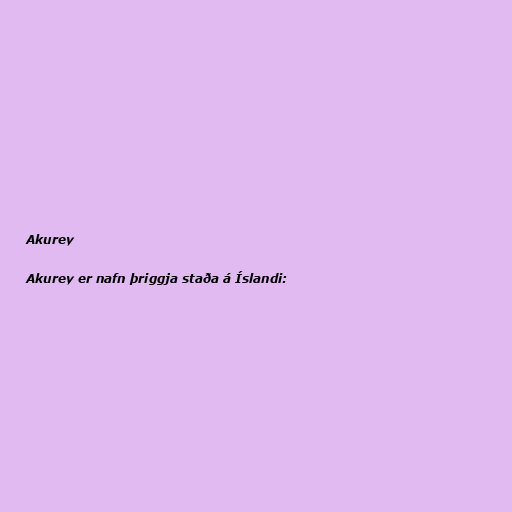
Akurey

Akurey er nafn þriggja staða á Íslandi: